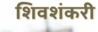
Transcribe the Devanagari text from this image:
शिवशंकरी